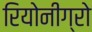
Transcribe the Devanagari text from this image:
रियोनीग्रो